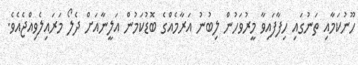
ހޫނުކަމާއި ތަނުގައި ހިފާފައިވާ މީރުވަހުން ލިބުނު އަރާމެއްގެ ބޮޑުކަމުން އަލީނާއަށް ދެލޯ މަރައިލެވިއްޖެއެވެ.